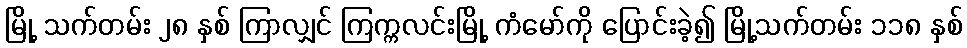
မြို့ သက်တမ်း ၂၈ နှစ် ကြာလျှင် ကြက္ကလင်းမြို့ ကံမော်ကို ပြောင်းခဲ့၍ မြို့သက်တမ်း ၁၁၈ နှစ်